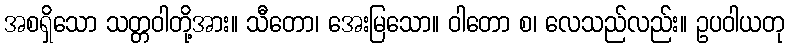
အစရှိသော သတ္တဝါတို့အား။ သီတော၊ အေးမြသော။ ဝါတော စ၊ လေသည်လည်း။ ဥပဝါယတု